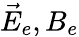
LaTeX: \vec{E}_{e},B_{e}